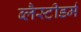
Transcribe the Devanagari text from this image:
ब्लैस्टीडर्म